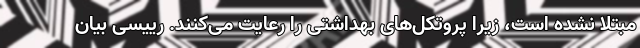
مبتلا نشده است، زیرا پروتکل‌های بهداشتی را رعایت می‌کنند. رییسی بیان